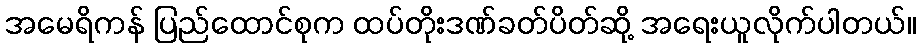
အမေရိကန် ပြည်ထောင်စုက ထပ်တိုးဒဏ်ခတ်ပိတ်ဆို့ အရေးယူလိုက်ပါတယ်။